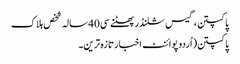
پاکپتن،گیس سلنڈر پھٹنے سی40 سالہ شخص ہلاک
پاکپتن(اُردو پوائنٹ اخبارتازہ ترین۔